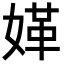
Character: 𡟍